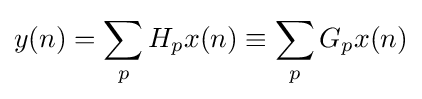
y(n)=\sum _{p}H_{p}x(n)\equiv \sum _{p}G_{p}x(n)